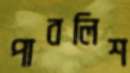
পাবলিশ